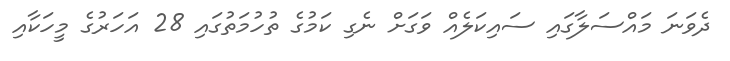
ދެވަނަ މައްސަލާގައި ސައިކަލެއް ވަގަށް ނެގި ކަމުގެ ތުހުމަތުގައި 28 އަހަރުގެ މީހަކާއި